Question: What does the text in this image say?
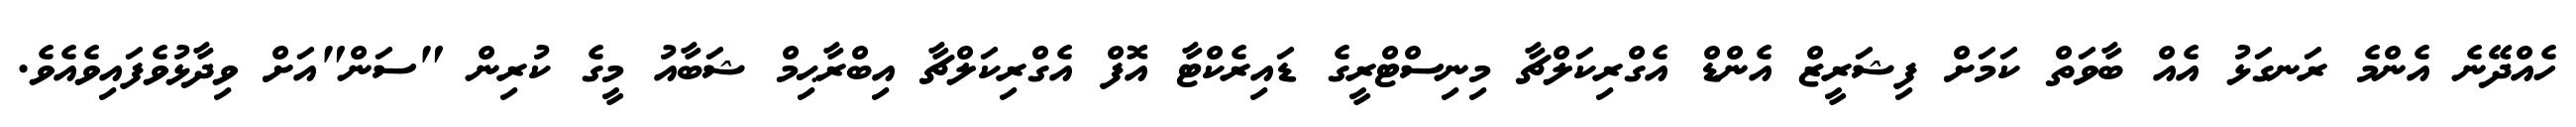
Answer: ހެއްދޭނެ އެންމެ ރަނގަޅު އެއް ބާވަތް ކަމަށް ފިޝަރީޒް އެންޑް އެގްރިކަލްޗާ މިނިސްޓްރީގެ ޑައިރެކްޓާ އޮފް އެގްރިކަލްޗާ އިބްރާޙިމް ޝަބާއު މީގެ ކުރިން "ސަން"އަށް ވިދާޅުވެފައިވެއެވެ.